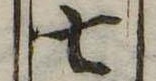
七